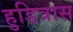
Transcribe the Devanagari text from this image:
हुडित्रास